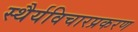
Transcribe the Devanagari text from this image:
स्थैर्यविचारप्रकरण